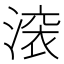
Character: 𬈟